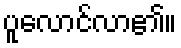
ပူလောင်လာ၏။